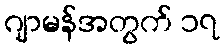
ဂျာမန်အတွက် ၁၇